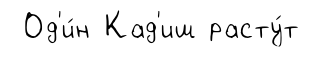
Од'и́н Кад'иш расту́т